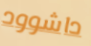
داشوود